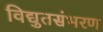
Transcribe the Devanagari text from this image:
विद्युतसंभरण